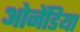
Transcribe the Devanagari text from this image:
ओनेंडिया